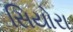
સિયોરા